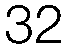
32